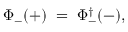
\Phi _ { - } ( + ) \; = \; \Phi _ { - } ^ { \dagger } ( - ) ,